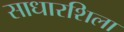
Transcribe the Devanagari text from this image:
साधारशिला